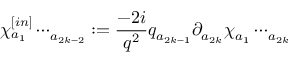
\chi _ { a { _ 1 } } ^ { [ i n ] } \cdots _ { a { _ { 2 k - 2 } } } : = \frac { - 2 i } { q ^ { 2 } } q _ { a { _ { 2 k - 1 } } } \partial _ { a { _ { 2 k } } } \chi _ { a { _ 1 } } \cdots _ { a { _ { 2 k } } }